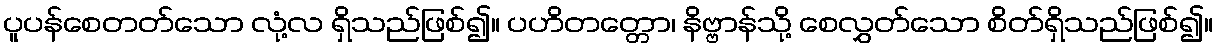
ပူပန်စေတတ်သော လုံ့လ ရှိသည်ဖြစ်၍။ ပဟိတတ္တော၊ နိဗ္ဗာန်သို့ စေလွှတ်သော စိတ်ရှိသည်ဖြစ်၍။